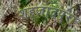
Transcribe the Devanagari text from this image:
शहजादपुरा